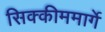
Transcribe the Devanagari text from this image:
सिक्कीममार्गे